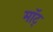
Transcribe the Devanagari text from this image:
माॅट्